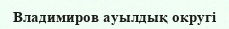
Владимиров ауылдық округі